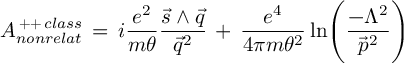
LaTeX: { \cal { A } } _ { n o n r e l a t } ^ { \, + + \, c l a s s } \, = \, i \frac { e ^ { 2 } } { m \theta } \frac { \vec { s } \wedge \vec { q } } { \vec { q } ^ { 2 } } \, + \, \frac { e ^ { 4 } } { 4 \pi m \theta ^ { 2 } } \ln \Biggl ( \frac { - \Lambda ^ { 2 } } { \vec { p } ^ { 2 } } \Biggr )